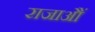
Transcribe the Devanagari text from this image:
राजाऔं